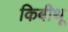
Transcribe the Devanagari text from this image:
किबीथू